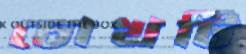
চোখটি